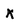
Character: x